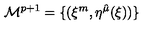
{ \cal M } ^ { p + 1 } = \{ ( \xi ^ { m } , \eta ^ { \hat { \mu } } ( \xi ) ) \}